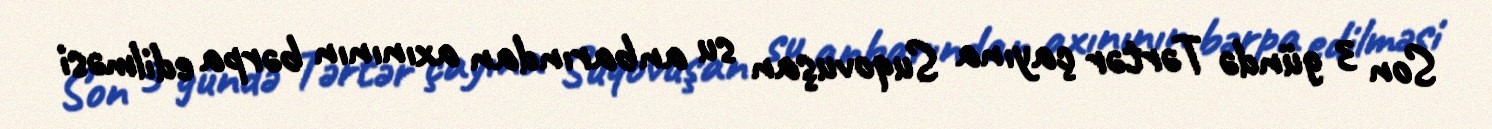
Son 3 gündə Tərtər çayına Suqovuşan su anbarından axınının bərpa edilməsi